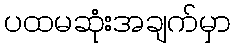
ပထမဆုံးအချက်မှာ